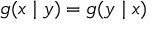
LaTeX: g ( x \mid y ) = g ( y \mid x )